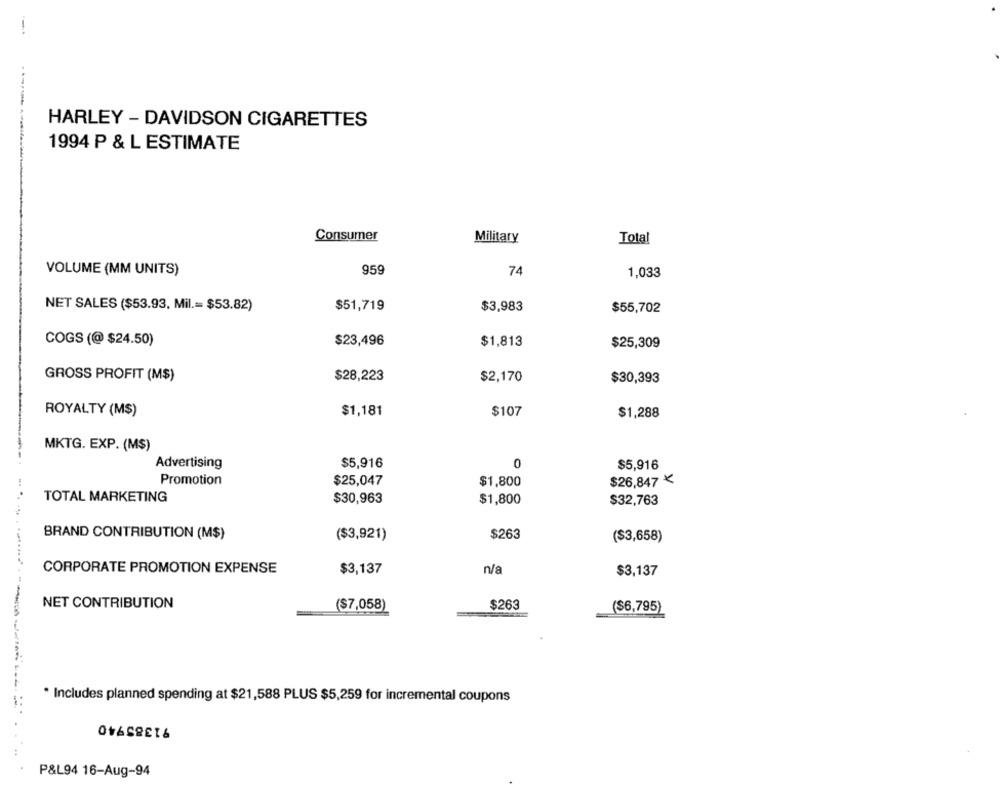
HARLEY - DAVIDSON CIGARETTES
1994 P & L ESTIMATE
Consumer
Military
Total
VOLUME (MM UNITS)
959
74
1,033
NET SALES ($53.93, Mil .= $53.82)
$51,719
$3,983
$55,702
COGS (@ $24.50)
$23,496
$1,813
$25,309
GROSS PROFIT (M$)
$28,223
$2,170
$30,393
ROYALTY (M$)
$1,181
$107
$1,288
MKTG. EXP. (M$)
Advertising
$5,916
0
$5,916
Promotion
$25,047
$1,800
$26,847
. ..
TOTAL MARKETING
$30,963
$1,800
$32,763
BRAND CONTRIBUTION (M$)
$263
($3,921)
($3,658)
CORPORATE PROMOTION EXPENSE
$3,137
n/a
$3,137
NET CONTRIBUTION
$263
($7,058)
($6,795)
* Includes planned spending at $21,588 PLUS $5,259 for incremental coupons
91385940
..
P&L94 16-Aug-94